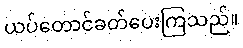
ယပ်တောင်ခတ်ပေးကြသည်။